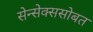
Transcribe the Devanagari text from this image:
सेन्सेक्ससोबत